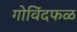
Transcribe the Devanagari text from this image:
गोविंदफळ